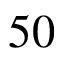
5 0